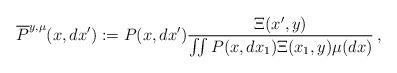
LaTeX: \begin{align*}\overline P^{y, \mu} (x,dx') :=P(x,dx') \frac{\Xi(x',y)}{\iint P(x,dx_1) \Xi(x_1,y) \mu(dx)}\, ,\end{align*}